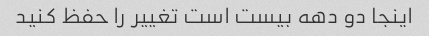
اینجا دو دهه بیست است تغییر را حفظ کنید